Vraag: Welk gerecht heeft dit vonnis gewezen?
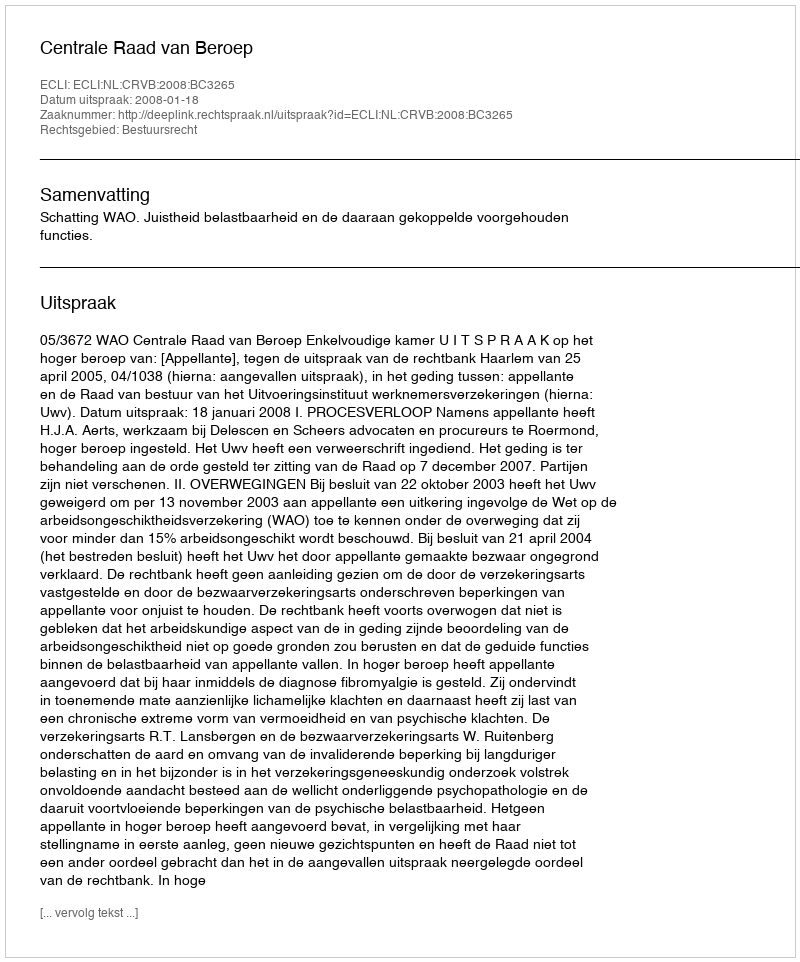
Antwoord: Centrale Raad van Beroep